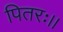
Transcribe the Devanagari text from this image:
पितरः।।